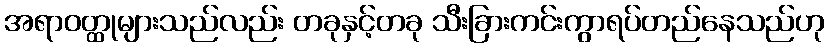
အရာဝတ္ထုများသည်လည်း တခုနှင့်တခု သီးခြားကင်းကွာရပ်တည်နေသည်ဟု